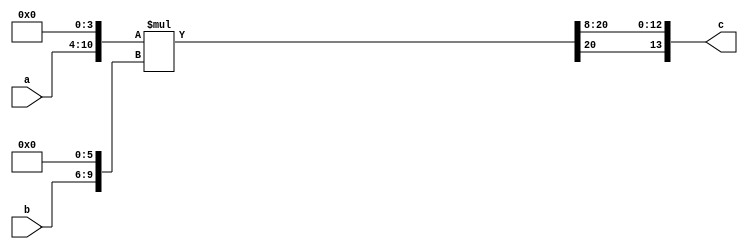
module multi7_4(input signed [6:0] a, input signed [3:0] b , output reg signed [13:0] c);
  reg signed [27:0] d;
  reg signed [13:0] f=0;
  reg signed [13:0] g=0;
  always @(*) begin
    f[13:4] <= {{3{a[6]}}, a[6:0]};
    g[13:6] <= {{4{b[3]}}, b[3:0]};
  end
  always @(*) begin
    d[27:0]<=f*g;
    c[13:0]<=d[21:8];
  end
endmodule

module multi7_14(input signed [6:0] a,input signed [13:0] b ,output reg signed [13:0] c);
  reg signed [27:0] d;
  reg signed [13:0] f=0;
  always @(*) begin
    f[13:4] <= {{3{a[6]}}, a[6:0]};
  end
  always @(*) begin
    d[27:0]<=f*b;
    c[13:0]<=d[21:8];
  end
endmodule